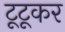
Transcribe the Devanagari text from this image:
टूटूकर